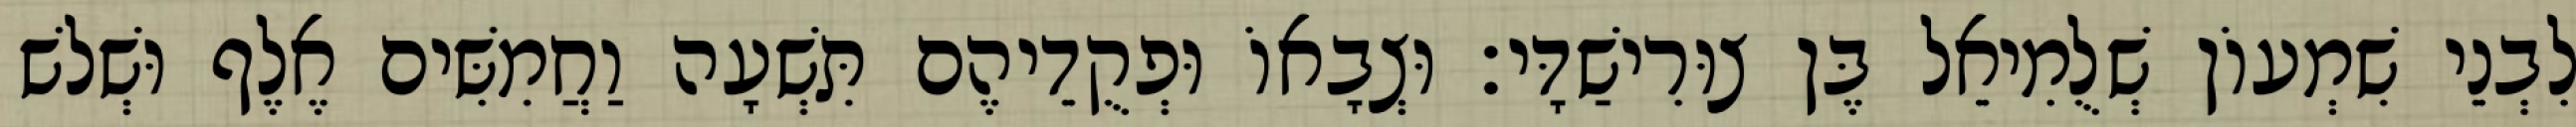
לִבְנֵי שִׁמְעוֹן שְׁלֻמִיאֵל בֶּן צוּרִישַׁדָּי׃ וּצְבָאוֹ וּפְקֻדֵיהֶם תִּשְׁעָה וַחֲמִשִּׁים אֶלֶף וּשְׁלשׁ